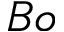
B o